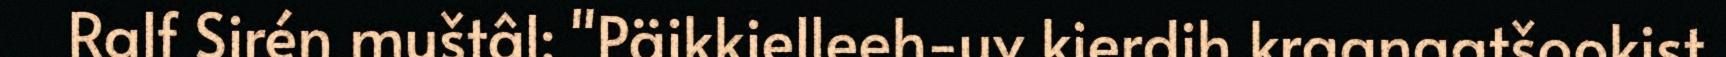
Ralf Sirén muštâl: "Päikkielleeh-uv kierdih kraanaatšookist.